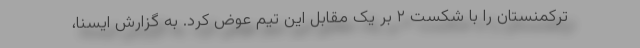
ترکمنستان را با شکست ۲ بر یک مقابل این تیم عوض کرد. به گزارش ایسنا،